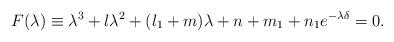
LaTeX: \begin{align*}F(\lambda)\equiv \lambda^3 + l\lambda^2 + (l_1 +m) \lambda +n+m_1 + n_1 e^{-\lambda\delta} =0.\end{align*}